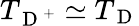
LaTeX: T_{\mathrm{~D~}^{+}}\simeq T_{\mathrm{~D~}}